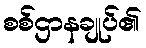
စစ်ဌာနချုပ်၏